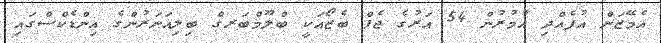
އެމޭޒަން އުފެއްދި އުމުރުން 54 އަަރުގެ ޖެފް ބެޒޯއަކީ ބްލޫމްބަރގް ބިލިއަނަރުންގެ އިންޑެކްސްގައި